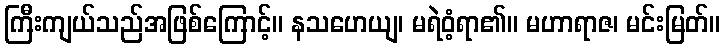
ကြီးကျယ်သည်အဖြစ်ကြောင့်။ နသဟေယျ၊ မရဲဝံ့ရာ၏။ မဟာရာဇ၊ မင်းမြတ်။